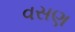
વસણ